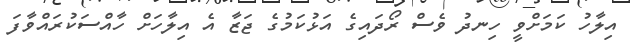
އިލާހު ކަމަށްވީ ހިނދު ވެސް ރޯދައިގެ އަޅުކަމުގެ ޖަޒާ އެ އިލާހަށް ހާއްސަކުރައްވާފަ